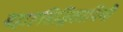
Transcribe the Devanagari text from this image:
महाष्टसिद्धिकामिनी